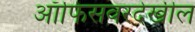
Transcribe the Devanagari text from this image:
ऑफिसवरदेखील